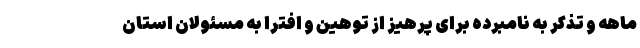
ماهه و تذکر به نامبرده برای پرهیز از توهین و افترا به مسئولان استان